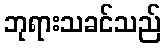
ဘုရားသခင်သည်